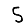
Digit: 5